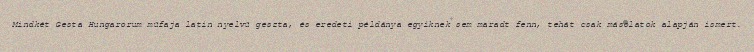
Mindkét Gesta Hungarorum műfaja latin nyelvű geszta, és eredeti példánya egyiknek sem maradt fenn, tehát csak másolatok alapján ismert.